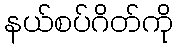
နယ်စပ်ဂိတ်ကို